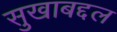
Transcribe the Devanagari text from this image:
सुखाबद्दल